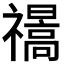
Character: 𰨕